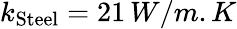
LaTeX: k_{\mathrm{Steel}}=21\, W/m.K